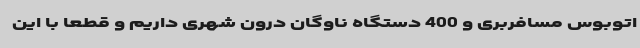
اتوبوس مسافربری و 400 دستگاه ناوگان درون‌ شهری داریم و قطعا با این